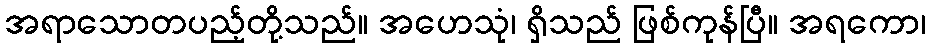
အရာသောတပည့်တို့သည်။ အဟေသုံ၊ ရှိသည် ဖြစ်ကုန်ပြီ။ အရကော၊